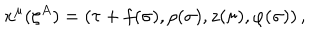
x ^ { \mu } ( \zeta ^ { A } ) = ( \tau + f ( \sigma ) , \rho ( \sigma ) , z ( \sigma ) , \varphi ( \sigma ) ) \, ,